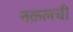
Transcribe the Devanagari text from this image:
नक़लची